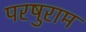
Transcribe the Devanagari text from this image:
परषुराम